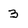
Character: 3